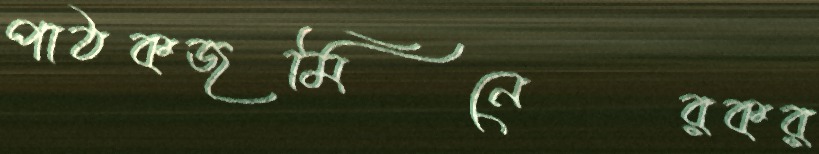
পাঠকজমিনেরকর